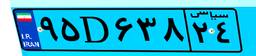
۹۵D۶۳۸۲۴